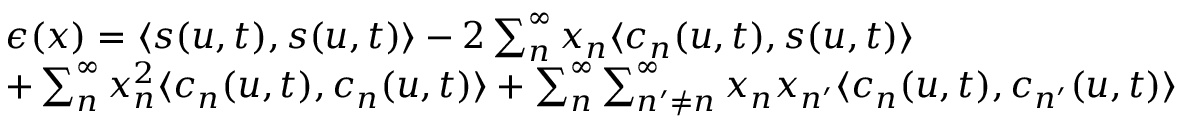
\begin{array} { r l } & { \epsilon ( x ) = \langle s ( u , t ) , s ( u , t ) \rangle - 2 \sum _ { n } ^ { \infty } x _ { n } \langle c _ { n } ( u , t ) , s ( u , t ) \rangle } \\ & { + \sum _ { n } ^ { \infty } x _ { n } ^ { 2 } \langle c _ { n } ( u , t ) , c _ { n } ( u , t ) \rangle + \sum _ { n } ^ { \infty } \sum _ { n ^ { \prime } \neq n } ^ { \infty } x _ { n } x _ { n ^ { \prime } } \langle c _ { n } ( u , t ) , c _ { n ^ { \prime } } ( u , t ) \rangle } \end{array}